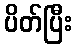
ပိတ်ပြီး